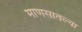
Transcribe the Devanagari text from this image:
माणसातल्या